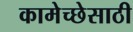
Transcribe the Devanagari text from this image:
कामेच्छेसाठी